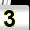
Digit: 3